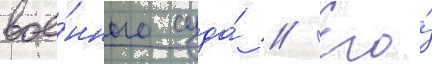
вое́нного суда́ // Его́